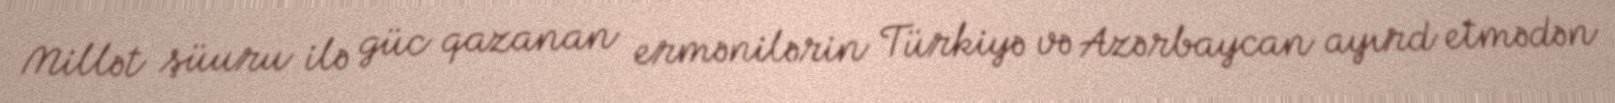
Millət şüuru ilə güc qazanan ermənilərin Türkiyə və Azərbaycan ayırd etmədən